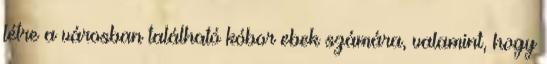
létre a városban található kóbor ebek számára, valamint, hogy